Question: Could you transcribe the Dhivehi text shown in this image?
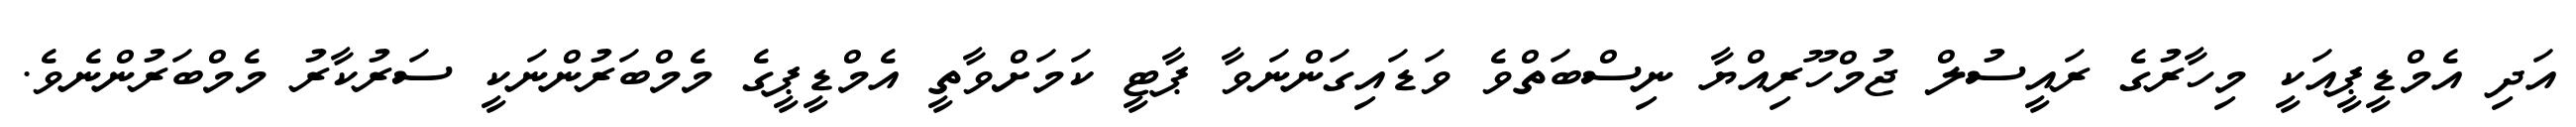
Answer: އަދި އެމްޑީޕީއަކީ މިހާރުގެ ރައީސުލް ޖުމްހޫރިއްޔާ ނިސްބަތްވެ ވަޑައިގަންނަވާ ޕާޓީ ކަމަށްވާތީ އެމްޑީޕީގެ މެމްބަރުންނަކީ ސަރުކާރު މެމްބަރުންނެވެ.